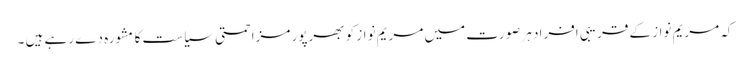
کہ مریم نواز کے قریبی افراد ہر صورت میں مریم نواز کو بھرپور مزاحمتی سیاست کا مشورہ دے رہے ہیں ۔